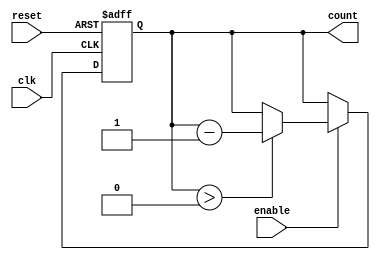
module MemoryBlocksDownCounter #(
    parameter COUNTER_WIDTH = 4,  // Define the width of the counter
    parameter INITIAL_VALUE = 15   // Define the initial value to load on reset
)(
    input wire clk,                // Clock signal
    input wire reset,              // Asynchronous reset signal
    input wire enable,             // Enable signal for counting down
    output reg [COUNTER_WIDTH-1:0] count // Current count value
);

    // Always block triggered on the rising edge of the clock or reset
    always @(posedge clk or posedge reset) begin
        if (reset) begin
            // On reset, load the initial value
            count <= INITIAL_VALUE;
        end else if (enable) begin
            // If enabled, decrement the count value
            if (count > 0) begin
                count <= count - 1;
            end
        end
    end

    // Initialize the counter to zero on simulation reset
    initial begin
        count = INITIAL_VALUE;
    end

endmodule